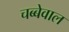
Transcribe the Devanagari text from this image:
चब्बेवाल